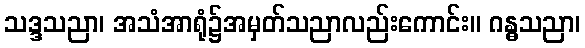
သဒ္ဒသညာ၊ အသံအာရုံ၌အမှတ်သညာလည်းကောင်း။ ဂန္ဓသညာ၊